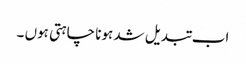
اب تبدیل شد ہونا چاہتی ہوں ۔